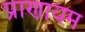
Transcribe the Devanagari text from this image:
प्राणायम